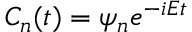
C _ { n } ( t ) = \psi _ { n } e ^ { - i E t }